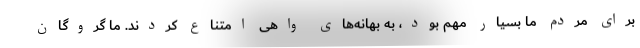
برای مردم ما بسیار مهم بود، به بهانه‌های واهی امتناع کردند. ما گروگان